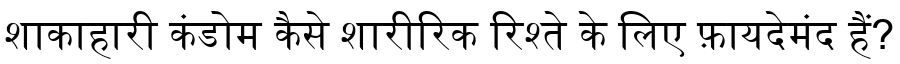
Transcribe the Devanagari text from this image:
शाकाहारी कंडोम कैसे शारीरिक रिश्ते के लिए फ़ायदेमंद हैं?